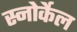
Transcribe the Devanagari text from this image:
स्नोर्केल